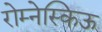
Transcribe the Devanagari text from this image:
रोम्नेस्किऊ